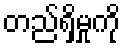
တည်ရှိမှုကို